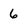
Character: 6